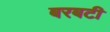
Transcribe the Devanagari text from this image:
बरबटी